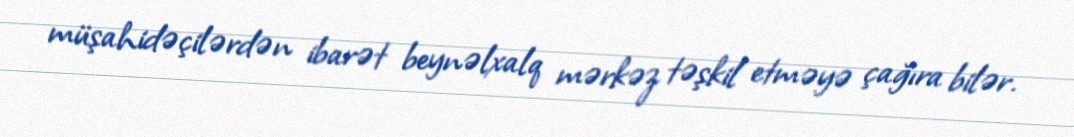
müşahidəçilərdən ibarət beynəlxalq mərkəz təşkil etməyə çağıra bilər.